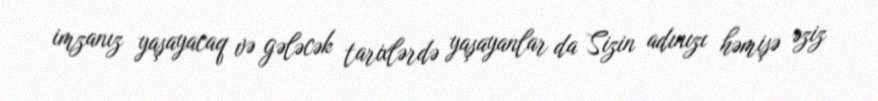
imzanız yaşayacaq və gələcək tarixlərdə yaşayanlar da Sizin adınızı həmişə əziz